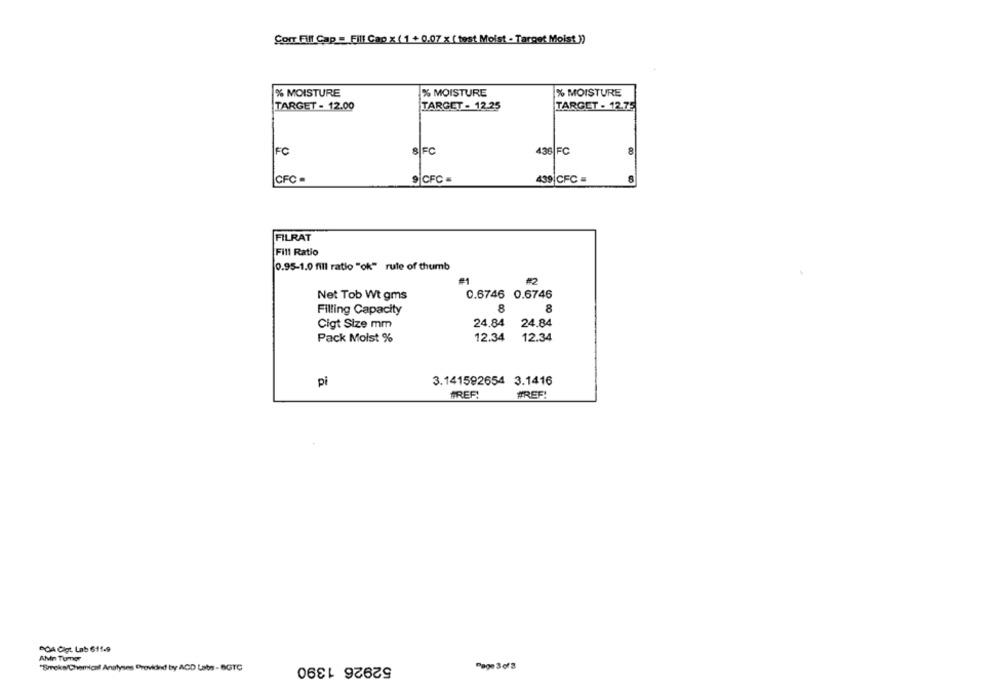
Corr Fill Cap = Fill Cap x ( 1 + 0.07 x ( test Moist - Target Moist ))
% MOISTURE
% MOISTURE
% MOISTURE
TARGET - 12.00
TARGET - 12.25
TARGET - 12.75
FC
8|FC
436 FC
8
CFC -
9 CFC =
439|CFC =
FILRAT
Fill Ratio
0.95-1.0 fill ratio "ok" rule of thumb
#2
Net Tob Wt gms
0.6746 0.6746
Filling Capacity
8
8
Cigt Size mm
24.84
24.84
Pack Moist %
12.34
12.34
3.141592654 3.1416
pi
PREF!
#REF!
DOA Cigt. Lab 611-9
AMin Turner
52926 1390
"Smekcs/Chemical Analyses Provided by ACD Late - BGTC
Page 3of 3